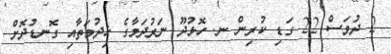
2 ދުވަސް 22 ގަޑި ކުރިން ނ. ހޮޅުދޫ ނަރުދަމާގެ ޚިދުމަތާއި ގޮނޑުދޮށް